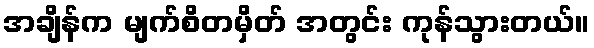
အချိန်က မျက်စိတမှိတ် အတွင်း ကုန်သွားတယ်။